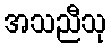
အသညီသု